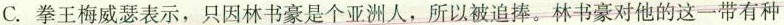
C. 拳王梅威瑟表示，只因林书豪是个亚洲人，所以被追捧。林书豪对他的这一带有种